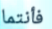
فأنتما